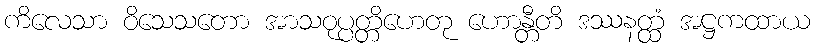
ကိလေသာ ဝိသေသတော အာသဝုပ္ပတ္တိဟေတု ဟောန္တီတိ ဒဿနတ္ထံ အဋ္ဌကထာယ